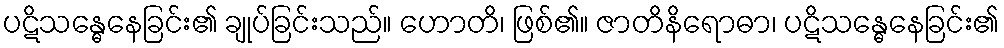
ပဋိသန္ဓေနေခြင်း၏ ချုပ်ခြင်းသည်။ ဟောတိ၊ ဖြစ်၏။ ဇာတိနိရောဓာ၊ ပဋိသန္ဓေနေခြင်း၏